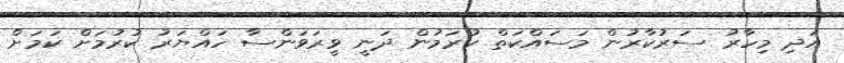
އަދި މިހާރު ސަރުކާރުން މަސައްކަތް ކުރަމުން ދަނީ ވީރަވަންސާ ހައްޔަރު ކުރުމަށް ކަމަށް